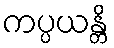
ကပ္ပယန္တိ